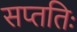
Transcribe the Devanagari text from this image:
सप्ततिः